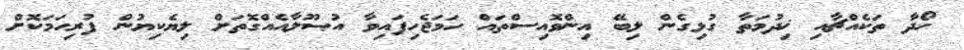
ހޯދާ ތަކެއްޗާއި ޚިދުމަތާ ގުޅިގެން ލިބޭ އިންވޮއިސްތައް ހަމަޖެހިފައިވާ އުޞޫލާއެއްގޮތަށް ލިޔެކިޔުން ފުރިހަމަކޮށް